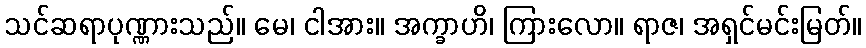
သင်ဆရာပုဏ္ဏားသည်။ မေ၊ ငါအား။ အက္ခာဟိ၊ ကြားလော။ ရာဇ၊ အရှင်မင်းမြတ်။